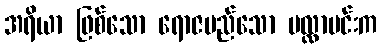
အရိယာ ဖြစ်သော ရောဇမည်သော မလ္လာမင်းက